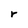
Character: r